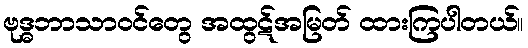
ဗုဒ္ဓဘာသာဝင်တွေ အထွဋ်အမြတ် ထားကြပါတယ်။